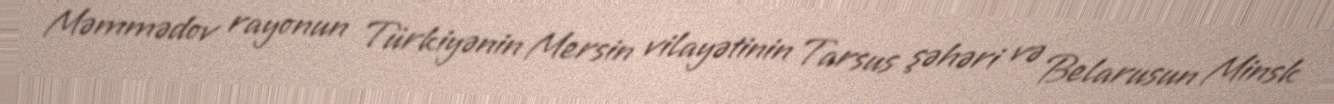
Məmmədov rayonun Türkiyənin Mersin vilayətinin Tarsus şəhəri və Belarusun Minsk